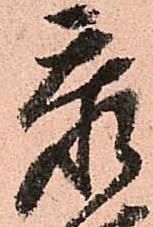
忝